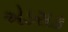
એડસક